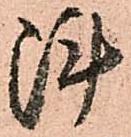
陣